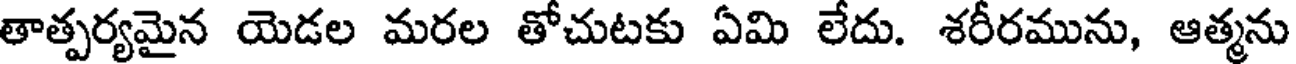
తాత్పర్యమైన యెడల మరల తోచుటకు ఏమి లేదు. శరీరమును, ఆత్మను